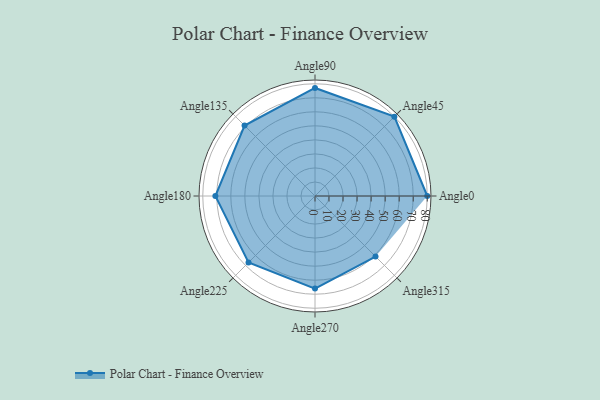
{"axis": {"x": "Angle", "y": "Radius"}, "legend": [""], "data": [{"x": "Angle0", "y": 80.0, "type": ""}, {"x": "Angle45", "y": 80.0, "type": ""}, {"x": "Angle90", "y": 77.0, "type": ""}, {"x": "Angle135", "y": 71.0, "type": ""}, {"x": "Angle180", "y": 71.0, "type": ""}, {"x": "Angle225", "y": 67.0, "type": ""}, {"x": "Angle270", "y": 66.0, "type": ""}, {"x": "Angle315", "y": 61.0, "type": ""}]}